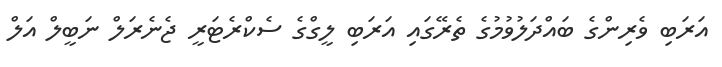
އަރަބި ވެރިންގެ ބައްދަލުވުމުގެ ތެރޭގައި އަރަބި ލީގްގެ ސެކްރެޓަރީ ޖެނެރަލް ނަބީލް އަލް